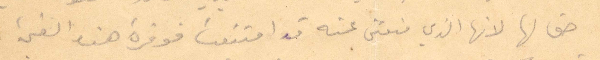
حق لها لانها الذي منتعتني عنه قد امتنعت فوفرة هذه القيمة